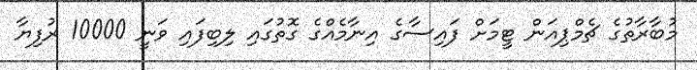
މުބާރާތުގެ ޗެމްޕިއަން ޓީމަށް ފައިސާގެ އިނާމެއްގެ ގޮތުގައި ލިބިފައި ވަނީ 10000 ރުފިޔާ